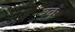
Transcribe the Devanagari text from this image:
श्वः